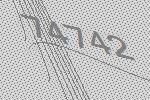
74742